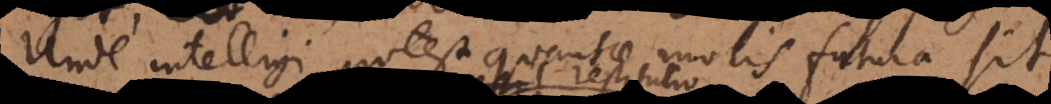
Unde intelligi potest quantae molis futura sit